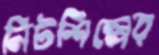
নিটশিল্পের